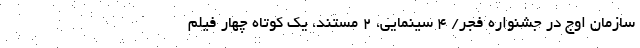
سازمان اوج در جشنواره فجر/ 4 سینمایی، 2 مستند، یک کوتاه چهار فیلم